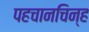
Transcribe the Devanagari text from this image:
पहचानचिन्ह